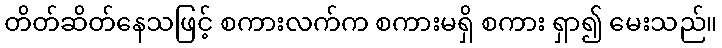
တိတ်ဆိတ်နေသဖြင့် စကားလက်က စကားမရှိ စကား ရှာ၍ မေးသည်။